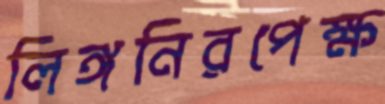
লিঙ্গনিরপেক্ষ